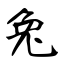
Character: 兔